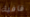
قافية